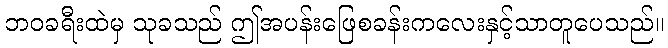
ဘဝခရီးထဲမှ သုခသည် ဤအပန်းဖြေစခန်းကလေးနှင့်သာတူပေသည်။